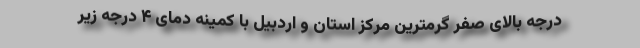
درجه بالای صفر گرمترین مرکز استان و اردبیل با کمینه دمای ۴ درجه زیر